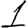
Digit: 1